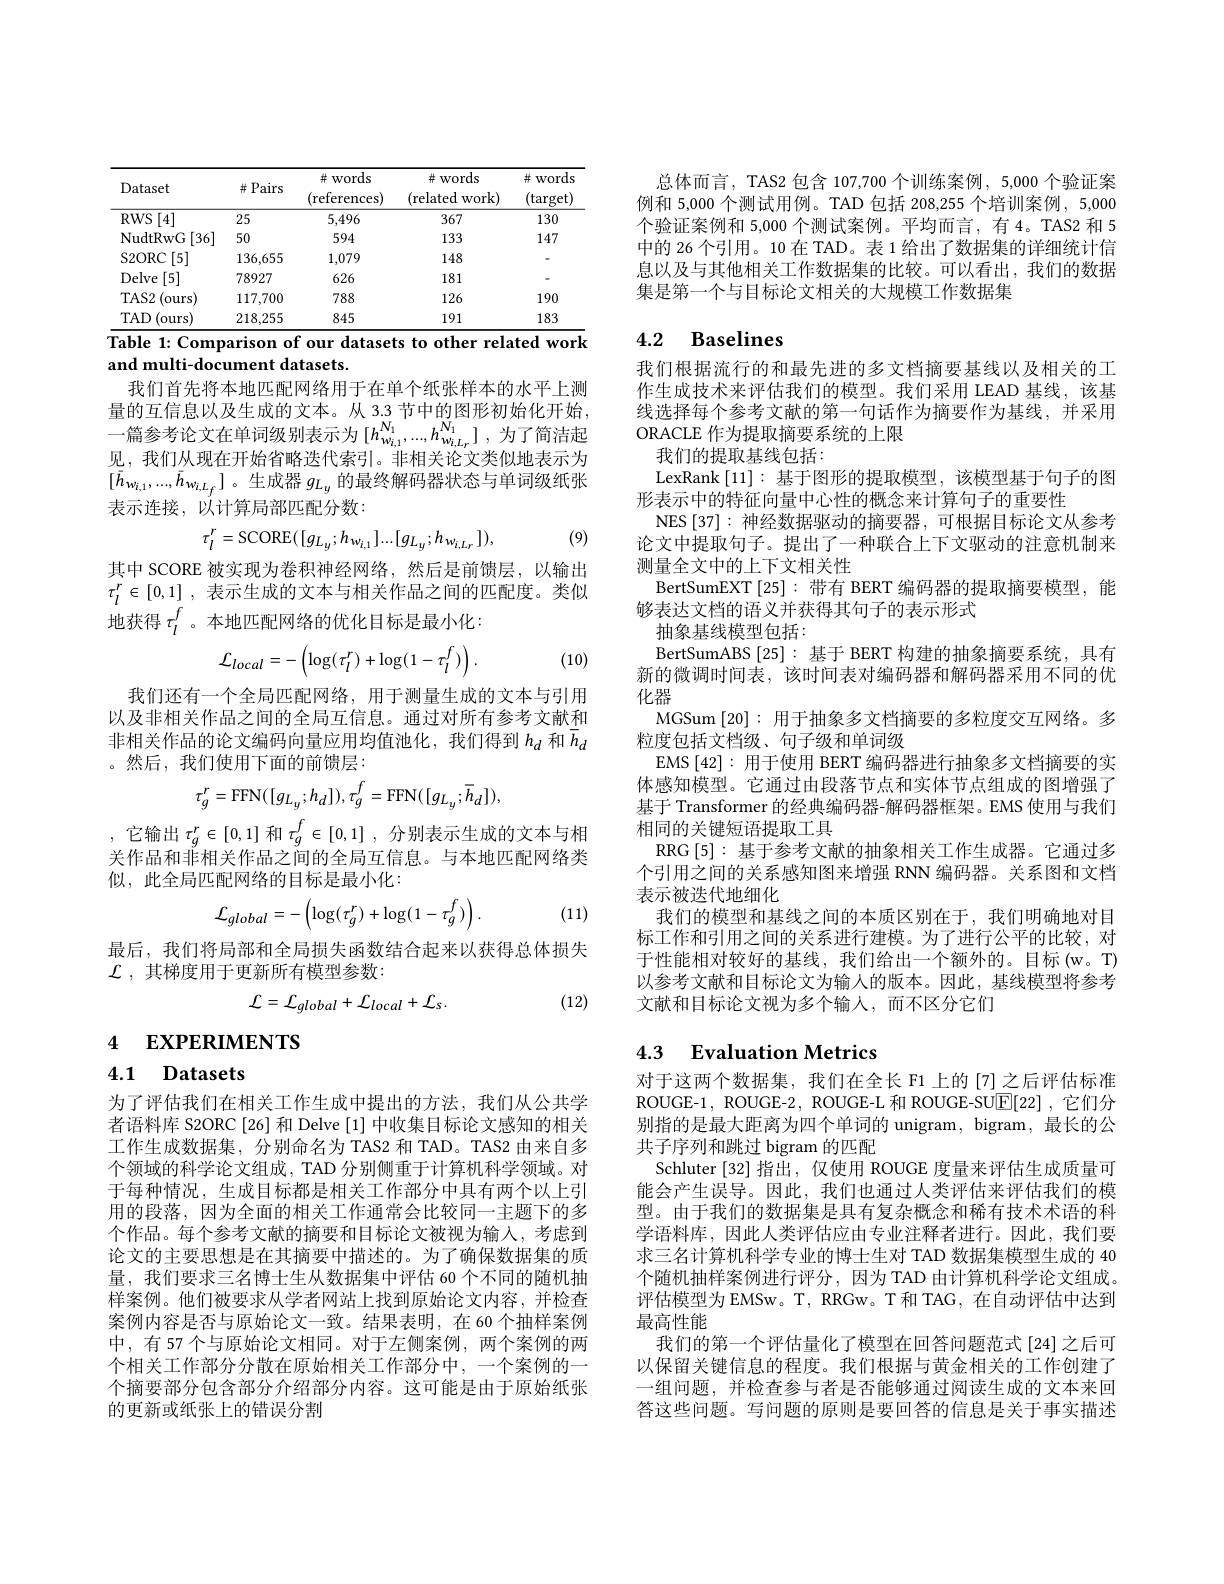
<table>
	<tbody>
		<tr>
			<th>Dataset</th>
			<th>$\#$Pairs</th>
			<th>并 words (references)</th>
			<th>$\#$words (related T $work)$</th>
			<th>井 words (target)</th>
		</tr>
		<tr>
			<th> </th>
			<th> </th>
			<th>$\#$words</th>
			<th>$\#$words</th>
			<th>井 words</th>
		</tr>
		<tr>
			<td>$RWS$ [4]</td>
			<td>25</td>
			<td>5,496</td>
			<td>367</td>
			<td>130</td>
		</tr>
		<tr>
			<td>NudtRwG [36]</td>
			<td>50</td>
			<td>594</td>
			<td>133</td>
			<td>147</td>
		</tr>
		<tr>
			<td>S2ORC [5]</td>
			<td>136,655</td>
			<td>1,079</td>
			<td>148</td>
			<td> </td>
		</tr>
		<tr>
			<td>Delve [5]</td>
			<td>78927</td>
			<td>626</td>
			<td>181</td>
			<td> </td>
		</tr>
		<tr>
			<td>$TAS2$ (ours)</td>
			<td>117,700</td>
			<td>788</td>
			<td>126</td>
			<td>190</td>
		</tr>
		<tr>
			<td>$TAD$ (ours)</td>
			<td>218,255</td>
			<td>845</td>
			<td>191</td>
			<td>183</td>
		</tr>
	</tbody>
</table>
Table 1: Comparison of our datasets to other related work

and multi-document datasets.

我们首先将本地匹配网络用于在单个纸张样本的水平上测量的互信息以及生成的文本。从 3.3 节中的图形初始化开始， 见，我们从现在开始省略迭代索引。非相关论文类似地表示为$[\bar{h}_{w_{i,1}},\ldots,\bar{h}_{w_{i,L_f}}]$。生成器$g_{L_y}$的最终解码器状态与单词级纸张表示连接，以计算局部匹配分数：
$$\tau_{l}^{r}=\mathrm{SCORE}([g_{L_{y}};h_{w_{i,1}}]...[g_{L_{y}};h_{w_{i,L_{r}}}]),$$
(9)

其中 SCORE 被实现为卷积神经网络，然后是前馈层，以输出$\tau _l^r\in [ 0, 1]$ ,表示生成的文本与相关作品之间的匹配度。类似地获得$\tau_l^f$ 。本地匹配网络的优化目标是最小化：
$$\mathcal{L}_{local}=-\left(\log(\tau_{l}^{r})+\log(1-\tau_{l}^{f})\right).$$
(10)

我们还有一个全局匹配网络，用于测量生成的文本与引用以及非相关作品之间的全局互信息。通过对所有参考文献和非相关作品的论文编码向量应用均值池化，我们得到$h_d$ 和$\overline{h}_d$ 。然后，我们使用下面的前馈层：
$$\tau_{g}^{r}=\mathrm{FFN}([g_{L_{y}};h_{d}]),\tau_{g}^{f}=\mathrm{FFN}([g_{L_{y}};\overline{h}_{d}]),$$
,它输出$\tau_g^r\in[0,1]$和$\tau_g^f\in[0,1]$,分别表示生成的文本与相关作品和非相关作品之间的全局互信息。与本地匹配网络类似，此全局匹配网络的目标是最小化：
$$\mathcal{L}_{global}=-\left(\log(\tau_{g}^{r})+\log(1-\tau_{g}^{f})\right).$$
(11)

最后，我们将局部和全局损失函数结合起来以获得总体损失
$\mathcal{L}$ ,其梯度用于更新所有模型参数：

(12)
$$\mathcal{L}=\mathcal{L}_{global}+\mathcal{L}_{local}+\mathcal{L}_{s}.$$
4 EXPERIMENTS

# 4.1 Datasets

为了评估我们在相关工作生成中提出的方法，我们从公共学者语料库 S2ORC[26] 和 Delve[1] 中收集目标论文感知的相关工作生成数据集，分别命名为 TAS2 和 TAD。TAS2 由来自多个领域的科学论文组成，TAD 分别侧重于计算机科学领域。对于每种情况，生成目标都是相关工作部分中具有两个以上引用的段落，因为全面的相关工作通常会比较同一主题下的多个作品。每个参考文献的摘要和目标论文被视为输入，考虑到论文的主要思想是在其摘要中描述的。为了确保数据集的质量，我们要求三名博士生从数据集中评估 60 个不同的随机抽样案例。他们被要求从学者网站上找到原始论文内容，并检查案例内容是否与原始论文一致。结果表明，在 60 个抽样案例中，有 57 个与原始论文相同。对于左侧案例，两个案例的两个相关工作部分分散在原始相关工作部分中，一个案例的一个摘要部分包含部分介绍部分内容。这可能是由于原始纸张的更新或纸张上的错误分割

总体而言，TAS2 包含 107,700 个训练案例，5,000 个验证案例和 5,000 个测试用例。TAD 包括 208,255 个培训案例，5,000个验证案例和 5,000 个测试案例。平均而言，有 4。TAS2 和 5中的 26 个引用。10 在 TAD。表 1 给出了数据集的详细统计信息以及与其他相关工作数据集的比较。可以看出，我们的数据集是第一个与目标论文相关的大规模工作数据集

# 4.2 Baselines

我们根据流行的和最先进的多文档摘要基线以及相关的工作生成技术来评估我们的模型。我们采用 LEAD 基线，该基线选择每个参考文献的第一句话作为摘要作为基线，并采用ORACLE 作为提取摘要系统的上限
我们的提取基线包括：
LexRank [11]:基于图形的提取模型，该模型基于句子的图
形表示中的特征向量中心性的概念来计算句子的重要性
NES[37]:神经数据驱动的摘要器，可根据目标论文从参考论文中提取句子。提出了一种联合上下文驱动的注意机制来测量全文中的上下文相关性
BertSumEXT [25]: 带有 BERT 编码器的提取摘要模型，能
够表达文档的语义并获得其句子的表示形式
抽象基线模型包括：
BertSumABS [25]: 基于 BERT 构建的抽象摘要系统，具有新的微调时间表，该时间表对编码器和解码器采用不同的优化器
MGSum [20]: 用于抽象多文档摘要的多粒度交互网络。多
粒度包括文档级、句子级和单词级
EMS [42]:用于使用 BERT 编码器进行抽象多文档摘要的实体感知模型。它通过由段落节点和实体节点组成的图增强了基于 Transformer 的经典编码器-解码器框架。EMS 使用与我们相同的关键短语提取工具
RRG[5]:基于参考文献的抽象相关工作生成器。它通过多个引用之间的关系感知图来增强 RNN 编码器。关系图和文档表示被迭代地细化
我们的模型和基线之间的本质区别在于，我们明确地对目标工作和引用之间的关系进行建模。为了进行公平的比较，对于性能相对较好的基线，我们给出一个额外的。目标(w。T) 以参考文献和目标论文为输人的版本。因此，基线模型将参考文献和目标论文视为多个输人，而不区分它们

## 4.3 Evaluation Metrics

对于这两个数据集，我们在全长 F1 上的[7]之后评估标准ROUGE-1, ROUGE-2, ROUGE-L 和 ROUGE-SU$\mathbb{E}[22]$ ,它们分别指的是最大距离为四个单词的 unigram, bigram, 最长的公共子序列和跳过 bigram 的匹配
Schluter [32] 指出，仅使用 ROUGE 度量来评估生成质量可能会产生误导。因此，我们也通过人类评估来评估我们的模型。由于我们的数据集是具有复杂概念和稀有技术术语的科学语料库，因此人类评估应由专业注释者进行。因此，我们要求三名计算机科学专业的博士生对 TAD 数据集模型生成的 40个随机抽样案例进行评分，因为 TAD 由计算机科学论文组成。评估模型为 EMSw。T, RRGw。T 和 TAG, 在自动评估中达到最高性能
我们的第一个评估量化了模型在回答问题范式[24]之后可以保留关键信息的程度。我们根据与黄金相关的工作创建了一组问题，并检查参与者是否能够通过阅读生成的文本来回答这些问题。写问题的原则是要回答的信息是关于事实描述